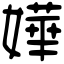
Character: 嬅